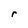
Character: r